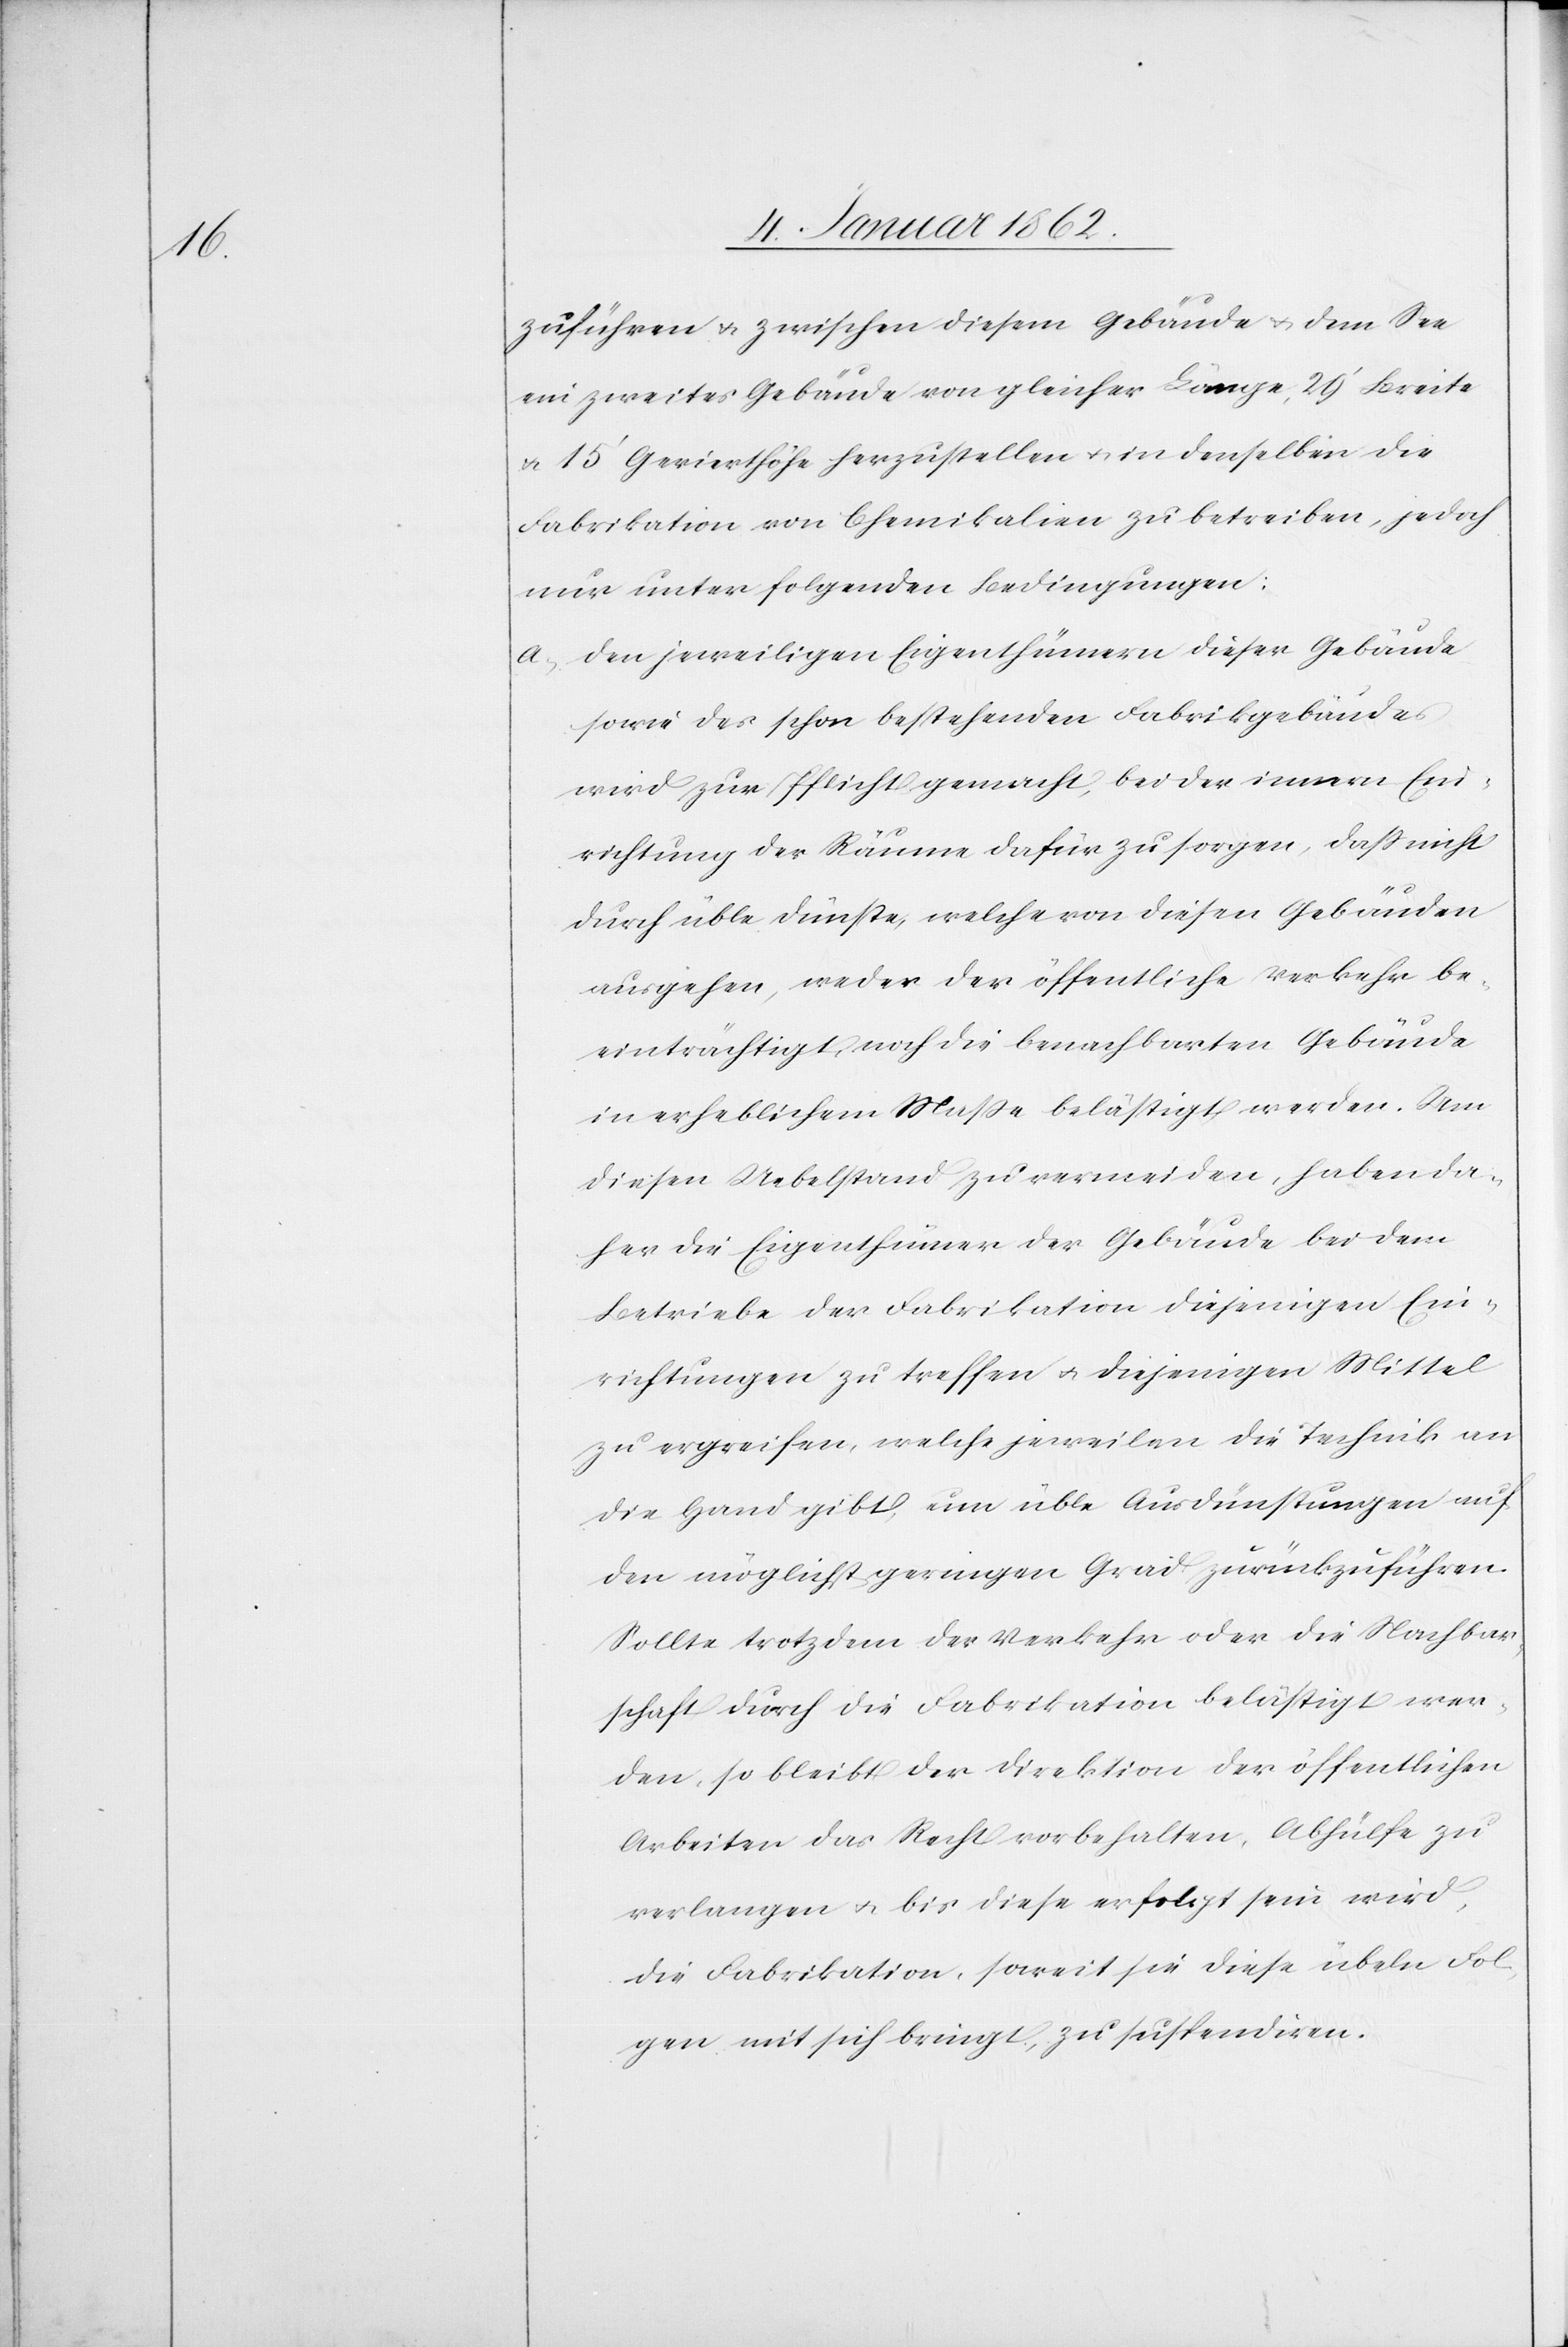
zuführen u. zwischen diesem Gebäude u. dem See
ein zweites Gebäude von gleicher Länge, 29‘ Breite
u. 15‘ Gevierthöhe herzustellen u. in denselben die
Fabrikation von Chemikalien zu betreiben, jedoch
nur unter folgenden Bedingungen:
a. den jeweiligen Eigenthümern dieser Gebäude
sowie des schon bestehenden Fabrikgebäudes
wird zur Pflicht gemacht, bei der innern Ein¬
richtung der Räume dafür zu sorgen, daß nicht
durch üble Dünste, welche von diesen Gebäuden
ausgehen, weder der öffentliche Verkehr be¬
einträchtigt, noch die benachbarten Gebäude
in erheblichem Maße belästigt werden. Um
diesen Uebelstand zu vermeiden, haben da¬
her die Eigenthümer der Gebäude bei dem
Betriebe der Fabrikation diejenigen Ein¬
richtungen zu treffen u. diejenigen Mittel
zu ergreifen, welche jeweilen die Technik an
die Hand gibt um üble Ausdünstungen auf
den möglichst geringen Grad zurückzuführen.
Sollte trotzdem der Verkehr oder die Nachbar¬
schaft durch die Fabrikation belästigt wer¬
den, so bleibt der Direktion der öffentlichen
Arbeiten das Recht vorbehalten, Abhülfe zu
verlangen u. bis diese erfolgt sein wird,
die Fabrikation, soweit sie diese übeln Fol¬
gen mit sich bringt, zu suspendiren.